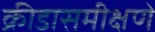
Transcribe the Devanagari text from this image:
क्रीडासमीक्षणे